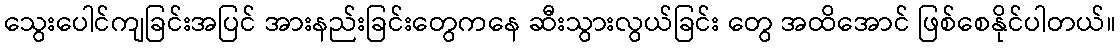
သွေးပေါင်ကျခြင်းအပြင် အားနည်းခြင်းတွေကနေ ဆီးသွားလွယ်ခြင်း တွေ အထိအောင် ဖြစ်စေနိုင်ပါတယ်။